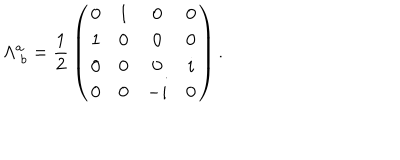
LaTeX: \Lambda _ { \ b } ^ { a } = { \frac { 1 } { 2 } } \left( \begin{array} { c c c c } { { 0 } } & { { 1 } } & { { 0 } } & { { 0 } } \\ { { 1 } } & { { 0 } } & { { 0 } } & { { 0 } } \\ { { 0 } } & { { 0 } } & { { 0 } } & { { i } } \\ { { 0 } } & { { 0 } } & { { - i } } & { { 0 } } \\ \end{array} \right) .